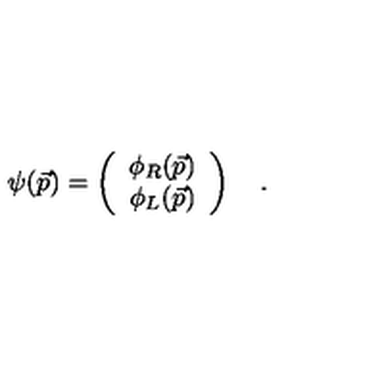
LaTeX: \psi ( \vec { p } ) = \left( \begin{array} { c c } { \phi _ { R } ( \vec { p } ) } \\ { \phi _ { L } ( \vec { p } ) } \\ \end{array} \right) \quad .